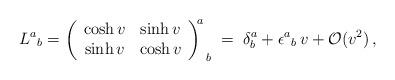
LaTeX: \begin{align*}L^{a}{}_{b}=\left( \begin{array}{cc}\cosh v & \sinh v\\\sinh v & \cosh v\end{array}\right) ^{\! \! a}_{\, \; b}\; =\; \delta ^{a}_{b}+\epsilon ^{a}{}_{b}\, v+\mathcal{O}(v^{2})\, ,\end{align*}